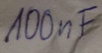
Text: 100nF